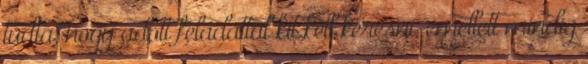
tudta, hogy adott feladattal kit kell keresni, emellett mindig